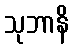
သုဘာနိ